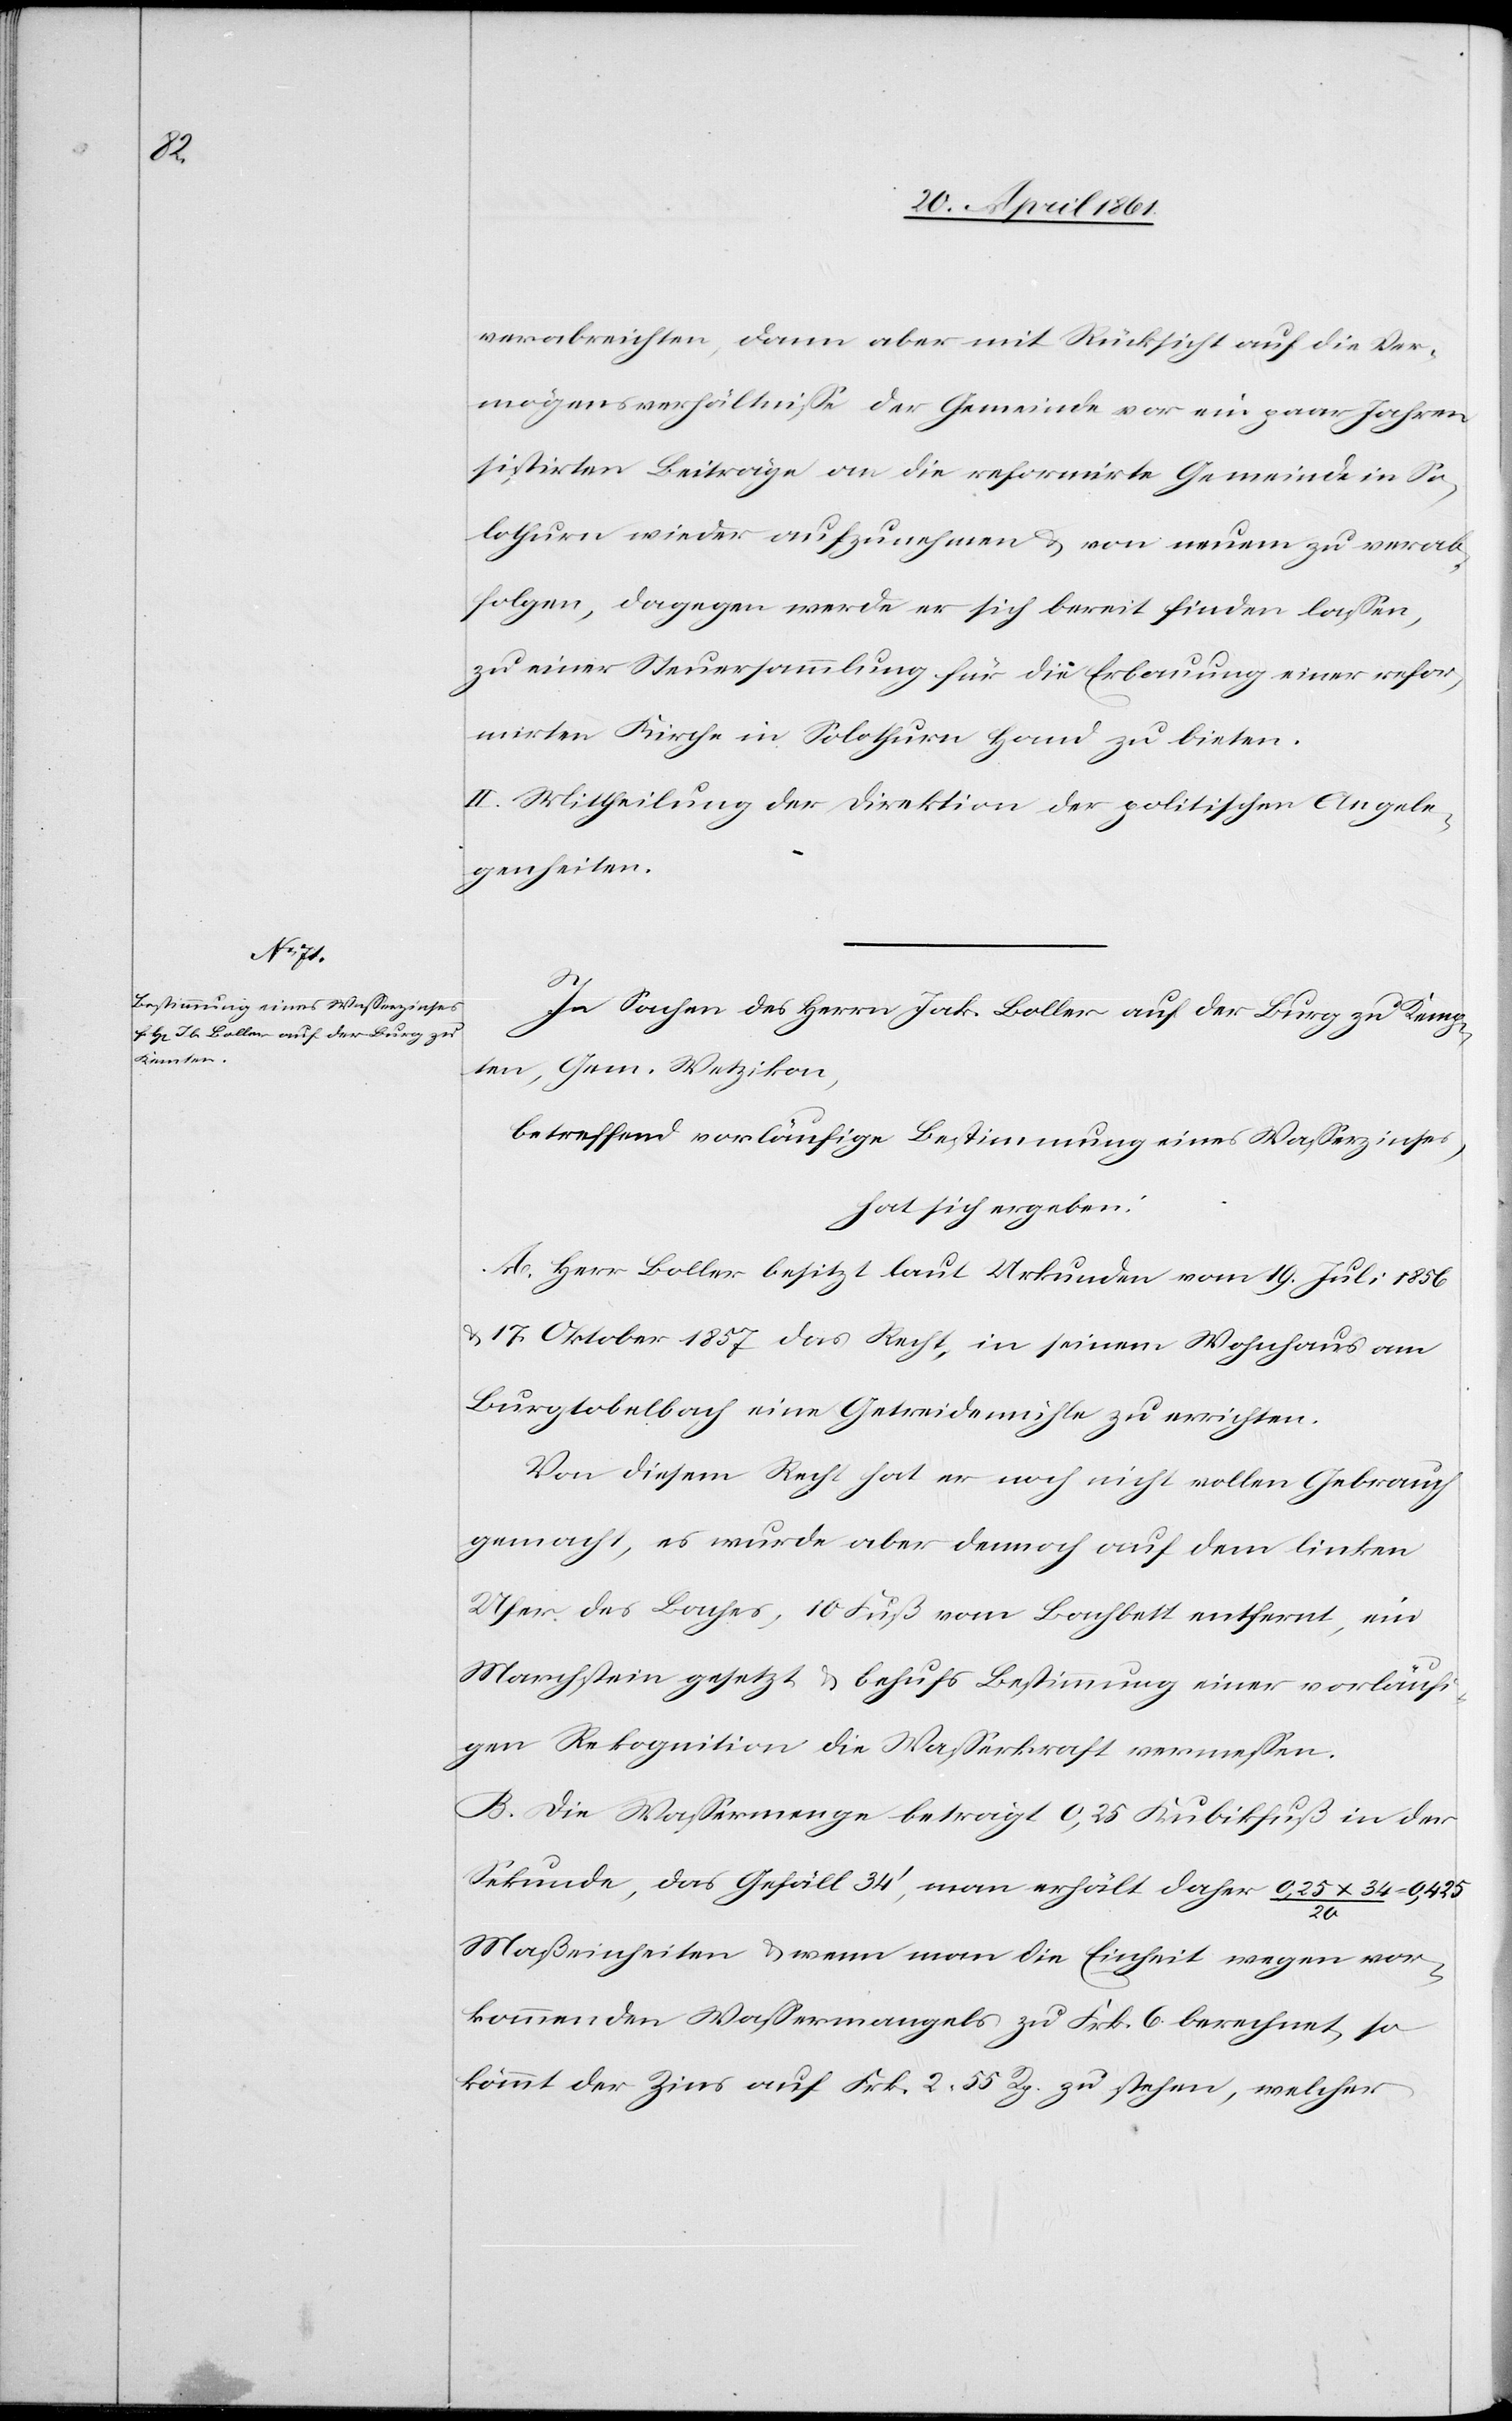
verabreichen, dann aber mit Rücksicht auf die Ver¬
mögensverhältnisse der Gemeinde vor ein paar Jahren
sistirten Beiträge an die reformirte Gemeinde in So¬
lothurn wieder aufzunehmen u. von neuem zu verab¬
folgen, dagegen werde er sich bereit finden lassen,
zu einer Steuersammlung für die Erbauung einer refor¬
mirten Kirch ein Solothurn Hand zu bieten.
II. Mitheilung der Direktion der politischen Angele¬
genheiten.
In Sachen des Herrn Jak. Boller auf der Burg zu Kemp¬
ten, Gem. Wetzikon,
betreffend vorläufige Bestimmung eines Wasserzinses,
hat sich ergeben:
A. Herr Boller besitzt laut Urkunden vom 19. Juli 1856
u. 17. Oktober 1857 das Recht, in seinem Wohnhaus am
Burgtobelbach eine Getreidemühle zu errichten.
Von diesem Recht hat er noch nicht vollen Gebrauch
gemacht, es wurde aber dennoch auf dem linken
Ufer des Baches, 10 Fuß vom Bachbett entfernt, ein
Marchstein gesetzt u. behufs Bestimmung einer vorläuf¬
igen Rekognition die Wasserkraft vermessen.
B. Die Wassermenge beträgt 0,25 Kubikfuß in der
Sekunde, das Gefäll 34’, man erhält daher 0,25x34/20
Maßeinheiten u. wenn man die Einheit wegen vor¬
kommenden Wassermangels zu Frk. 6 berechnet, so
kommt der Zins auf Frk. 2 55 Rp. zu stehen, welcher